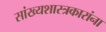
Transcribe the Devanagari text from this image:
सांख्यशास्त्रकारांना